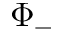
\Phi _ { - }